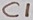
Text: C1